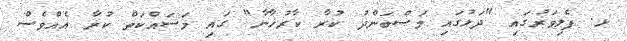
ޅ. ފެލިވަރުގައި "ދަޅުގައި މަސްބަންދު ކުރާ ކާރުޚާނާ" ގައި މަސައްކަތް ކުރާ އެއްވެސް